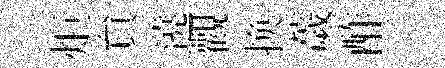
炬貟遶觀换薉酢